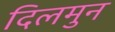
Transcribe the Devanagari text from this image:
दिलमुन